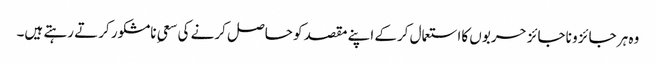
وہ ہر جائز و ناجائز حربوں کااستعمال کرکے اپنے مقصد کو حاصل کرنے کی سعیِ نامشکور کرتے رہتے ہیں۔